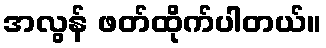
အလွန် ဖတ်ထိုက်ပါတယ်။